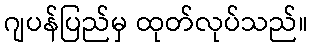
ဂျပန်ပြည်မှ ထုတ်လုပ်သည်။